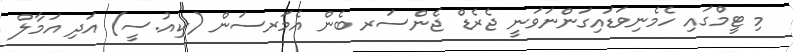
މި ޓީމްގައި ހެމެނިވަޑައިގަންނަވަނީ ޖެރެޑް ޖެންސަރ ބެން އެމަރސަން (ކިއު.ސީ) އަދި އަމާލް